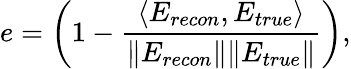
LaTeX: e=\left(1-\frac{\langle E_{recon},E_{true}\rangle}{\| E_{recon}\| \| E_{true}\| }\right),